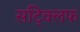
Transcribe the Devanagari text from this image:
सट्क्लिफ